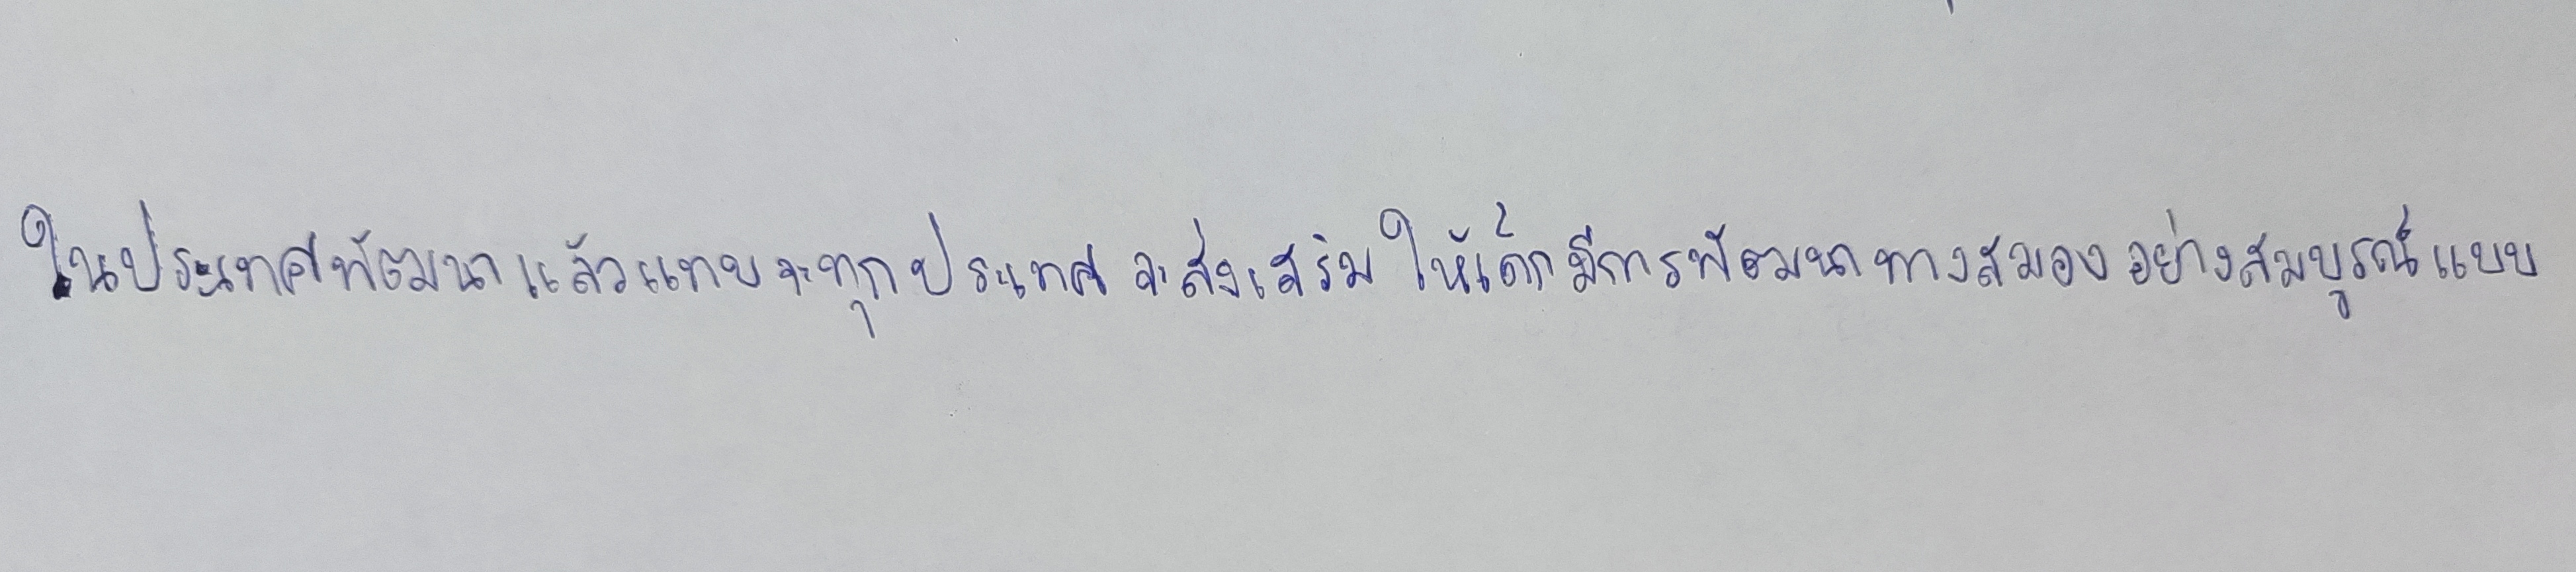
ในประเทศพัฒนาแล้วแทบจะทุกประเทศจะส่งเสริมให้เด็กมีการพัฒนาทางสมองอย่างสมบูรณ์แบบ